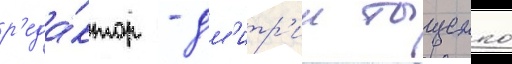
р'еда́ктор - дм'итр'ии тыщенко